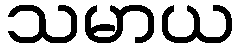
သမာယ